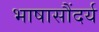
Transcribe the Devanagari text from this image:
भाषासौंदर्य